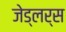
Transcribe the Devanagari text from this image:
जेड्लर्स